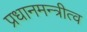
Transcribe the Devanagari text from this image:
प्रधानमन्त्रीत्व